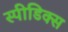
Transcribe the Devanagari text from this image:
स्पीडिक्स